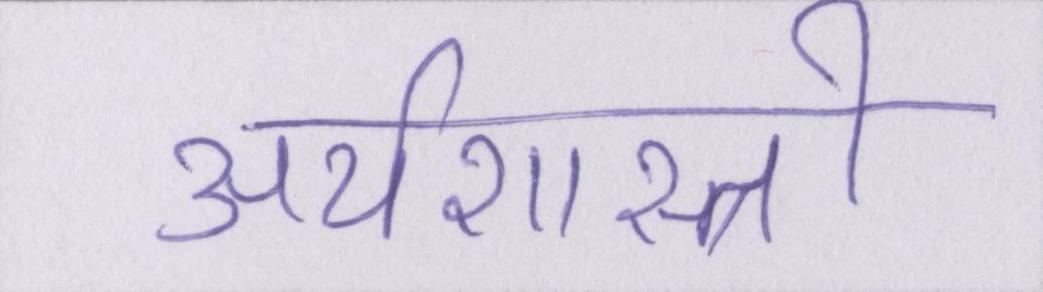
अर्थशास्त्री